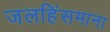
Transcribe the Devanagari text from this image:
जलहिंसमाना